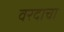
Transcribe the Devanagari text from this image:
वरदाचा